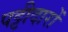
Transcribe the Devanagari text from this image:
पट्टीदारों